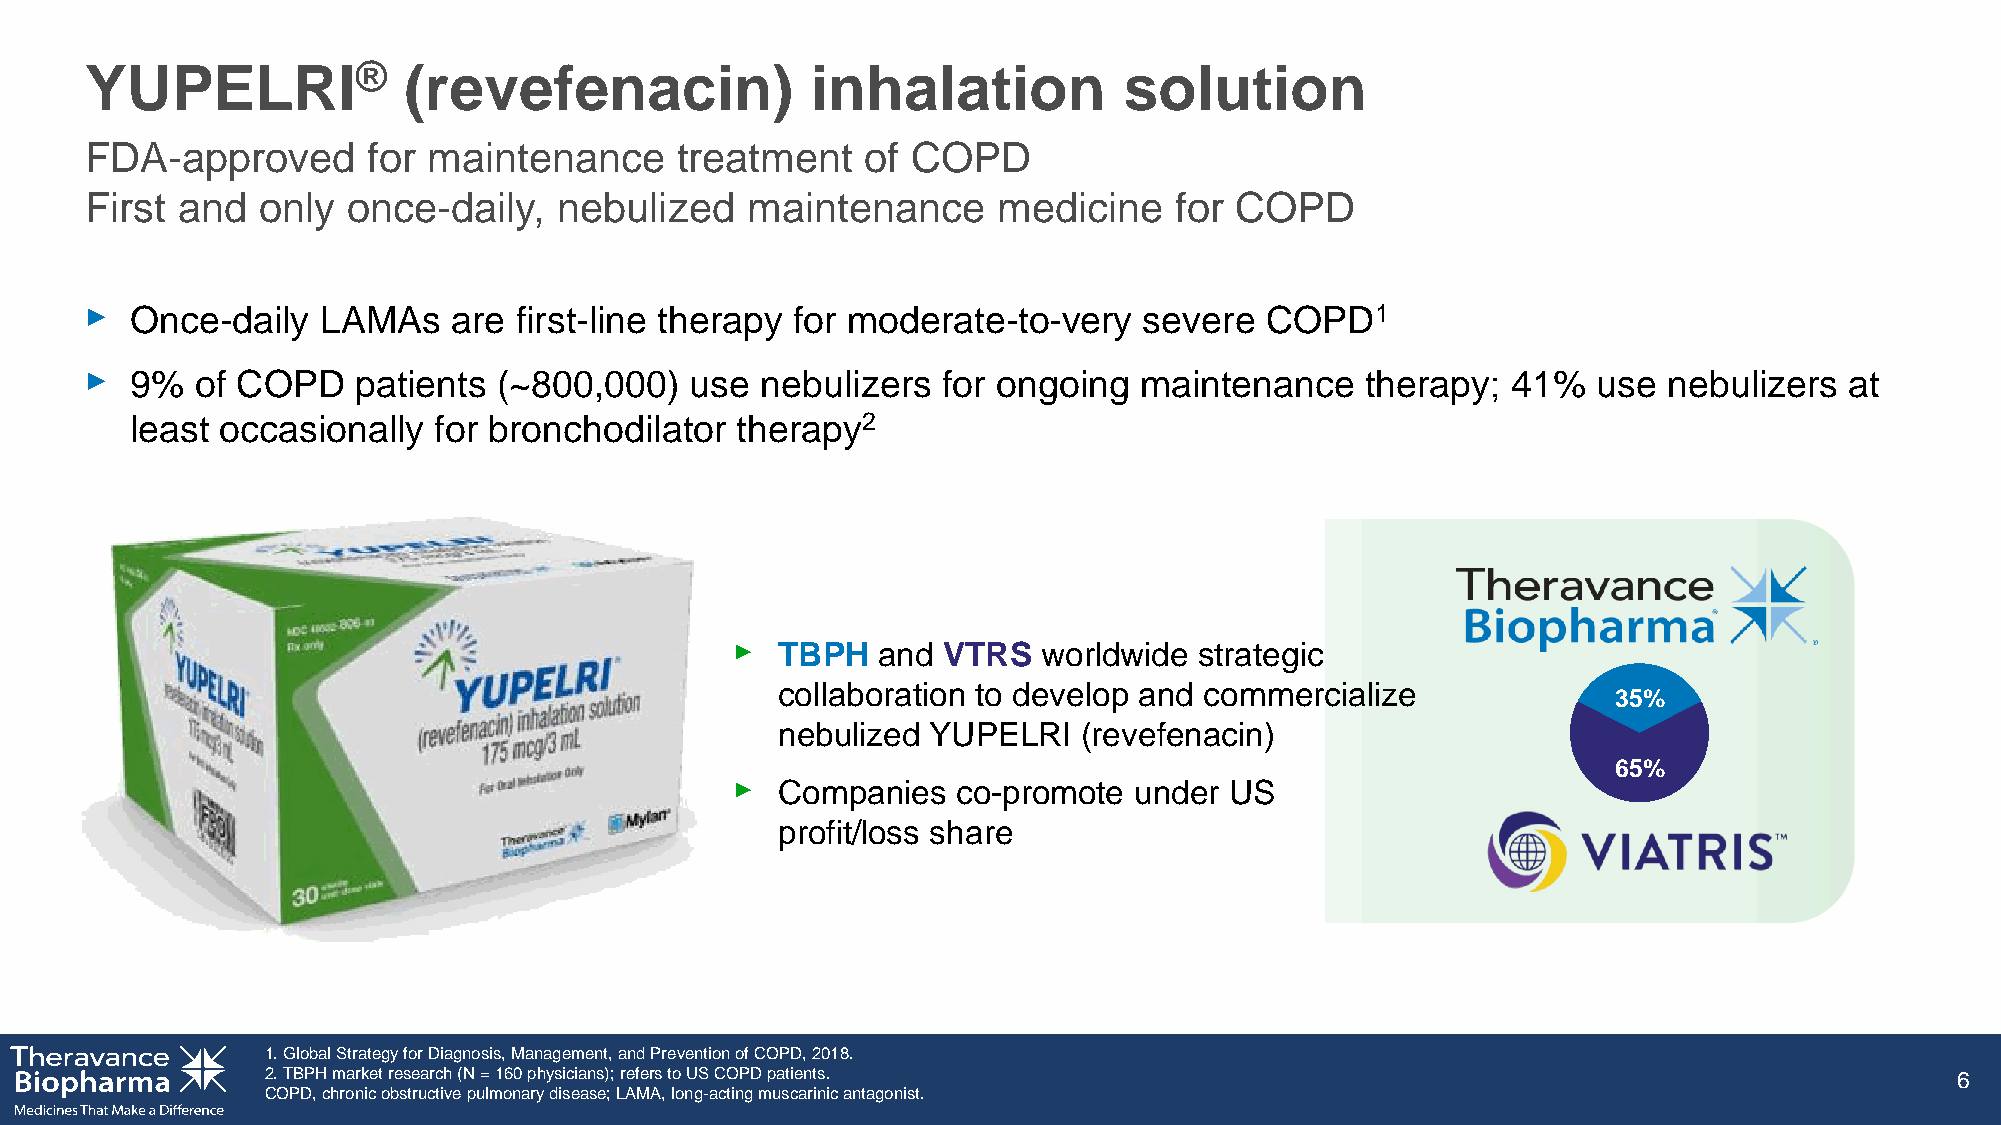
YUPELRI®             (revefenacin)              inhalation          solution
 FDA-approved      for maintenance      treatment   of COPD
 First and  only  once-daily,   nebulized   maintenance      medicine    for COPD
 ‣
 Once-daily  LAMAs    are first-line therapy for moderate-to-very   severe  COPD1
 ‣
 9%  of COPD    patients (~800,000)   use nebulizers  for ongoing  maintenance    therapy;  41%   use nebulizers  at
 least occasionally  for bronchodilator  therapy2
 ‣
 TBPH   and VTRS   worldwide strategic
 collaboration to develop and commercialize
 35%
 nebulized YUPELRI    (revefenacin)
 65%
 ‣
 Companies   co-promote  under US
 profit/loss share
 1. Global Strategy for Diagnosis, Management, and Prevention of COPD, 2018.
 2. TBPH market research (N = 160 physicians); refers to US COPD patients.                                       6
 COPD, chronic obstructive pulmonary disease; LAMA, long-acting muscarinic antagonist.